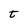
Character: t